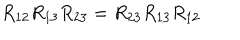
R _ { 1 2 } R _ { 1 3 } R _ { 2 3 } = R _ { 2 3 } R _ { 1 3 } R _ { 1 2 }